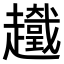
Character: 𧾞